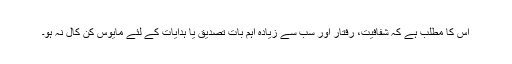
اس کا مطلب ہے کہ شفافیت، رفتار اور سب سے زیادہ اہم بات تصدیق یا ہدایات کے لئے مایوس کن کال نہ ہو۔